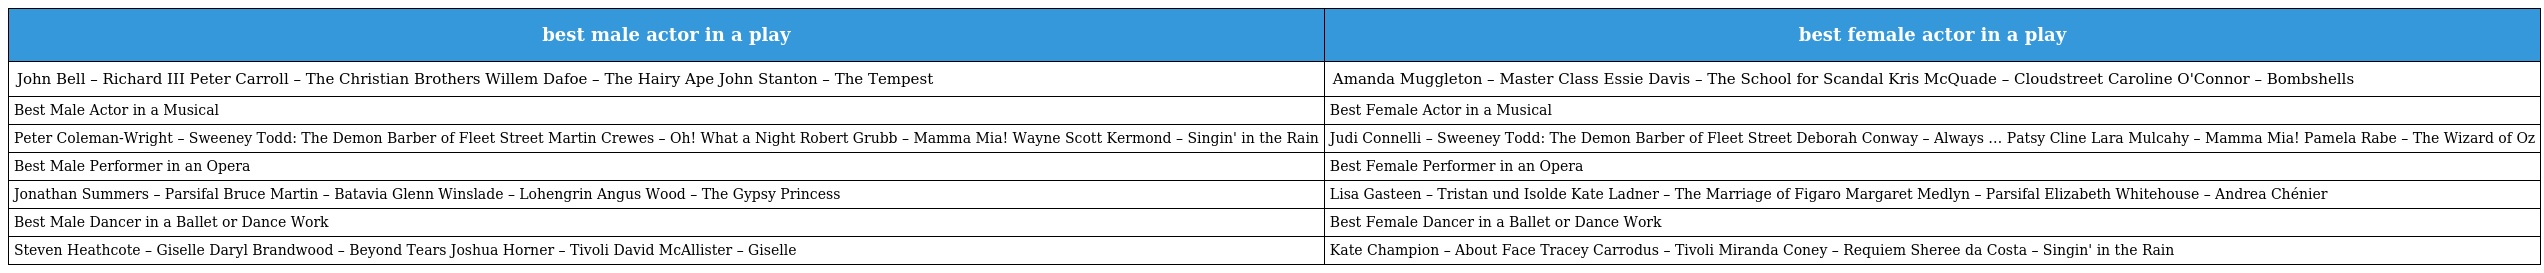
| best male actor in a play | best female actor in a play |
 | --- | --- |
 | John Bell – Richard III Peter Carroll – The Christian Brothers Willem Dafoe – The Hairy Ape John Stanton – The Tempest | Amanda Muggleton – Master Class Essie Davis – The School for Scandal Kris McQuade – Cloudstreet Caroline O'Connor – Bombshells |
 | Best Male Actor in a Musical | Best Female Actor in a Musical |
 | Peter Coleman-Wright – Sweeney Todd: The Demon Barber of Fleet Street Martin Crewes – Oh! What a Night Robert Grubb – Mamma Mia! Wayne Scott Kermond – Singin' in the Rain | Judi Connelli – Sweeney Todd: The Demon Barber of Fleet Street Deborah Conway – Always … Patsy Cline Lara Mulcahy – Mamma Mia! Pamela Rabe – The Wizard of Oz |
 | Best Male Performer in an Opera | Best Female Performer in an Opera |
 | Jonathan Summers – Parsifal Bruce Martin – Batavia Glenn Winslade – Lohengrin Angus Wood – The Gypsy Princess | Lisa Gasteen – Tristan und Isolde Kate Ladner – The Marriage of Figaro Margaret Medlyn – Parsifal Elizabeth Whitehouse – Andrea Chénier |
 | Best Male Dancer in a Ballet or Dance Work | Best Female Dancer in a Ballet or Dance Work |
 | Steven Heathcote – Giselle Daryl Brandwood – Beyond Tears Joshua Horner – Tivoli David McAllister – Giselle | Kate Champion – About Face Tracey Carrodus – Tivoli Miranda Coney – Requiem Sheree da Costa – Singin' in the Rain |